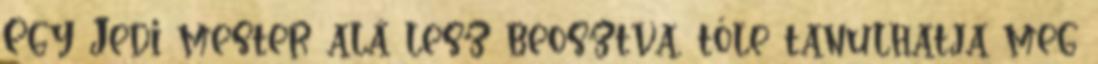
Egy Jedi mester alá lesz beosztva, tőle tanulhatja meg